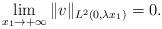
LaTeX: \begin{align*}\lim_{x_1\to+\infty}\|v\|_{L^2(0,\lambda x_1)}=0.\end{align*}